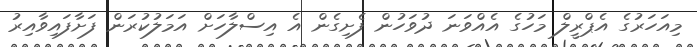
މިއަހަރުގެ އެޕްރީލް މަހުގެ އެއްވަނަ ދުވަހުން ފެށިގެން އެ އިސްލާހަށް އަމަލުކުރަން ފަށާފައިވާއިރު